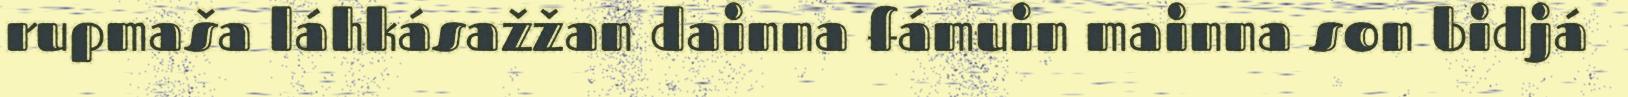
rupmaša láhkásažžan dainna fámuin mainna son bidjá